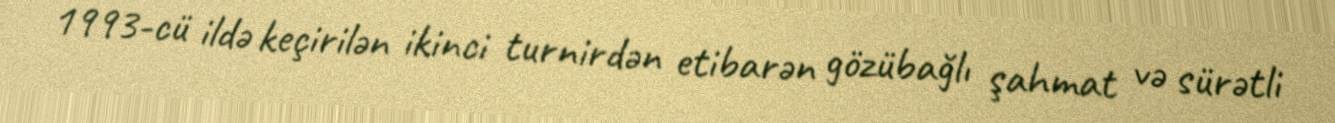
1993-cü ildə keçirilən ikinci turnirdən etibarən gözübağlı şahmat və sürətli